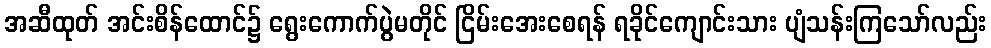
အဆီထုတ် အင်းစိန်ထောင်၌ ရွေးကောက်ပွဲမတိုင် ငြိမ်းအေးစေရန် ရခိုင်ကျောင်းသား ပျံသန်းကြသော်လည်း